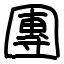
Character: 團